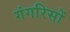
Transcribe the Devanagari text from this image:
गंगरिसों